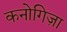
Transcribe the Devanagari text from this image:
कनोगिज़ा